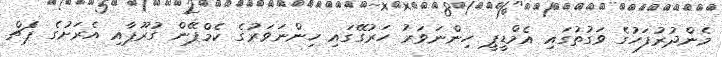
މެންދުރުފަހުގެ ވަގުތުގައި އެމްޑީޕީ ހިންނަވަރު ހަރުގޭގައި ހިންނަވަރުގެ ކެމްޕޭން ގުރޫޕާއި އެރަށުގެ ޕެޗް